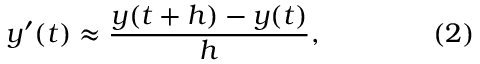
y ^ { \prime } ( t ) \approx { \frac { y ( t + h ) - y ( t ) } { h } } , \qquad \qquad ( 2 )